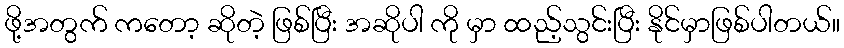
ဖို့အတွက် ကတော့ ဆိုတဲ့ ဖြစ်ပြီး အဆိုပါ ကို မှာ ထည့်သွင်းပြီး နိုင်မှာဖြစ်ပါတယ်။